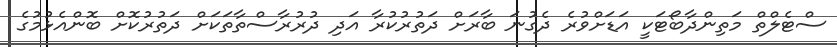
ސްޓެލްތް މަތިންދާބޯޓަކީ އަޑަށްވުރެ ދެގުނަ ބާރަށް ދަތުރުކުރާ އަދި ދުރުރާސްތާތަކަށް ދަތުރުކޮށް ބޮންއެޅުމުގެ